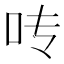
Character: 𰇊